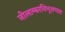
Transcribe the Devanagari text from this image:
नीलाम्बरविभूशणाय